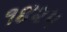
૧૪૨૫